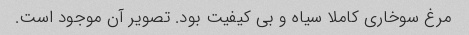
مرغ سوخاری کاملا سیاه و بی کیفیت بود. تصویر آن موجود است.